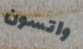
واتسون